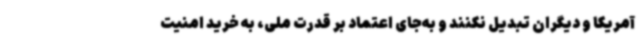
آمریکا و دیگران تبدیل نکنند و به‌جای اعتماد بر قدرت ملی، به خرید امنیت